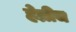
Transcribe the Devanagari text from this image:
हेन्रीच